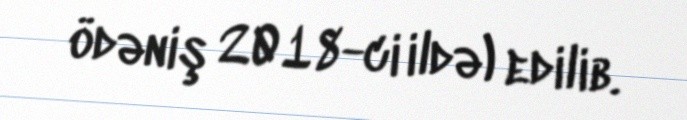
ödəniş 2018-ci ildə) edilib.